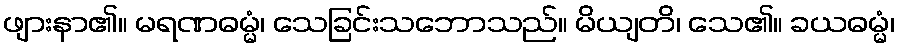
ဖျားနာ၏။ မရဏဓမ္မံ၊ သေခြင်းသဘောသည်။ မိယျတိ၊ သေ၏။ ခယဓမ္မံ၊